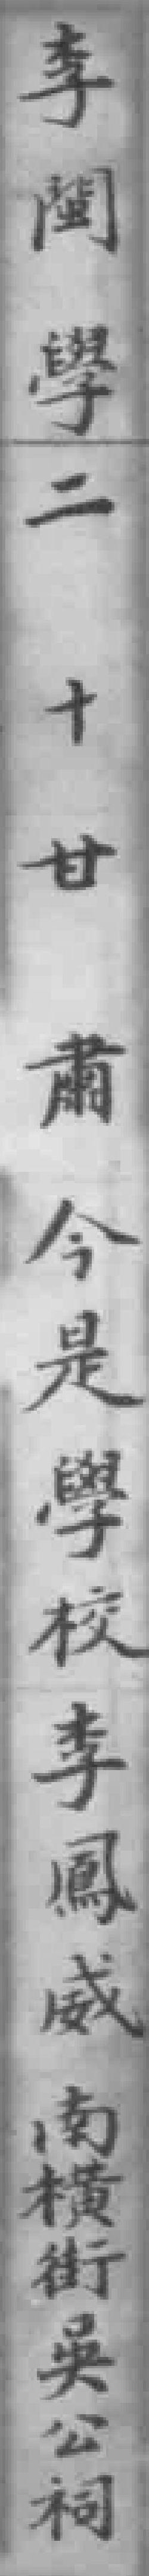
李閩學二十甘肅今是學校李鳳威南横街吳公祠